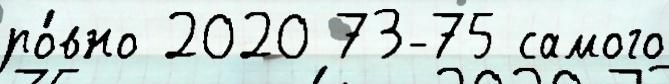
ро́вно 2020 73-75 самого